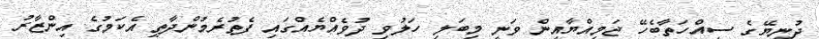
ދުނިޔޭގެ ސިއްހަތާބެހޭ ޖަމިއްޔާއިން ވަނީ މިބަލި ހަލުވި ދުވެއްޔެއްގައި ފެތުރެމުންދާތީ އެކަމުގެ އިންޒާރު